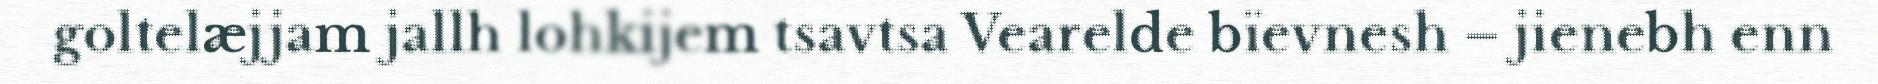
goltelæjjam jallh lohkijem tsavtsa Vearelde bïevnesh – jienebh enn